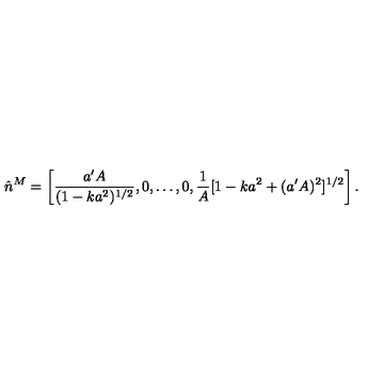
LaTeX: \hat { n } ^ { M } = \left[ \frac { a ^ { \prime } A } { ( 1 - k a ^ { 2 } ) ^ { 1 / 2 } } , 0 , \dots , 0 , \frac { 1 } { A } [ 1 - k a ^ { 2 } + ( a ^ { \prime } A ) ^ { 2 } ] ^ { 1 / 2 } \right] .